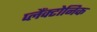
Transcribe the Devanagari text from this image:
प्लैंक्टोनिक